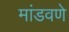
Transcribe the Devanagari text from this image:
मांडवणे